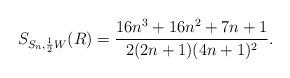
LaTeX: \begin{align*} S_{S_n,\frac{1}{2}W}(R)=\frac{16n^3+16n^2+7n+1}{2(2n+1)(4n+1)^2}.\end{align*}